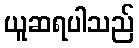
ယူဆရပါသည်